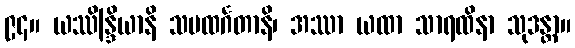
၉၄။ ယဿိန္ဒြိယာနိ သမထင်္ဂတာနိ၊ အဿာ ယထာ သာရထိနာ သုဒန္တာ။